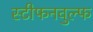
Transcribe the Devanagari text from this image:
स्टीफनवुल्फ